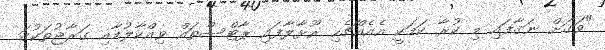
"ވަގަށް ނަގާފައި މި ކުރާ ކަމަކީ އެއެއްޗެހި ރޫޅާލާފައި ޕާޓްސްތައް ވިއްކާލުމާއި ގަރާޖުތަކުގަ